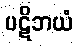
ပဋိဘယံ